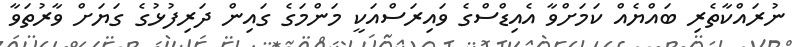
ނުރައްކާތެރި ބައްޔެއް ކަމަށްވާ އެއިޑްސްގެ ވައިރަސްއަކީ މަންމަގެ ގައިން ދަރިފުޅުގެ ގަޔަށް ވާރުތަވާ